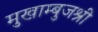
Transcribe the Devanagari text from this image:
मुखाम्बुजश्री